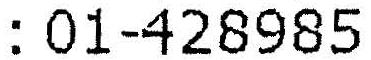
: 01-428985